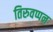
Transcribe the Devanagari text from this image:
तिरुवप्पन